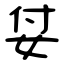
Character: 姇